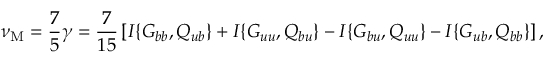
\nu _ { \mathrm { { M } } } = \frac { 7 } { 5 } \gamma = \frac { 7 } { 1 5 } \left[ { I \{ { G _ { b b } , Q _ { u b } } \} + I \{ { G _ { u u } , Q _ { b u } } \} - I \{ { G _ { b u } , Q _ { u u } } \} - I \{ { G _ { u b } , Q _ { b b } } \} } \right] ,